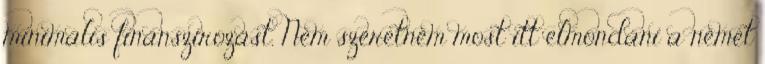
minimális finanszírozást. Nem szeretném most itt elmondani a német